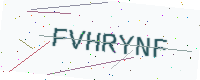
Text: FVHRYNF